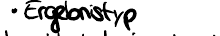
Ergebnistyp